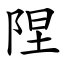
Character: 陧